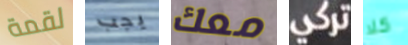
لقمة يجب معك تركي كلا